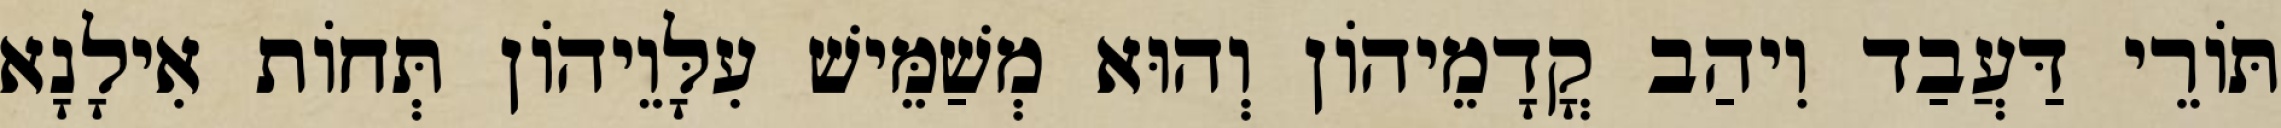
תּוֹרֵי דַּעֲבַד וִיהַב קֳדָמֵיהוֹן וְהוּא מְשַׁמֵּישׁ עִלָּוֵיהוֹן תְּחוֹת אִילָנָא